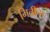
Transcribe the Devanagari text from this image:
मितीचा